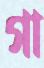
গা